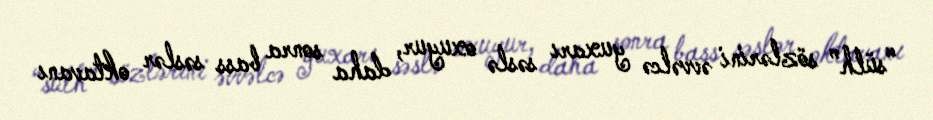
“sülh” sözlərini əvvəlcə yuxarı səslə oxuyur, daha sonra bass səslər oktavanı